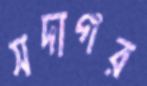
সদাগর